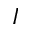
I